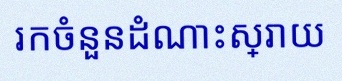
រកចំនួនដំណោះស្រាយ